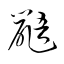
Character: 鼯